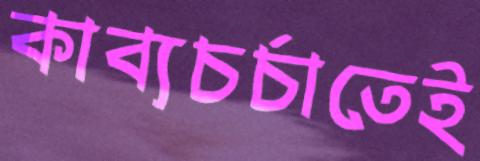
কাব্যচর্চাতেই